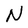
Character: N